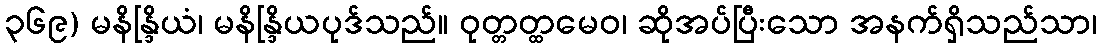
၃၆၉) မနိန္ဒြိယံ၊ မနိန္ဒြိယပုဒ်သည်။ ဝုတ္တတ္ထမေဝ၊ ဆိုအပ်ပြီးသော အနက်ရှိသည်သာ၊